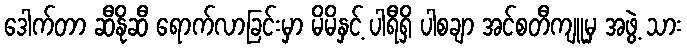
ဒေါက်တာ ဆီနိုဆီ ရောက်လာခြင်းမှာ မိမိနှင့် ပါရီရှိ ပါစချာ အင်စတီကျူမှ အဖွဲ့ သား